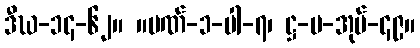
ဒီဃ-၁၄-၆၂။ ။ပဏ်-၁-ပါ-၇၊ ဋ္ဌ-ပ-အုပ်-၄၉။